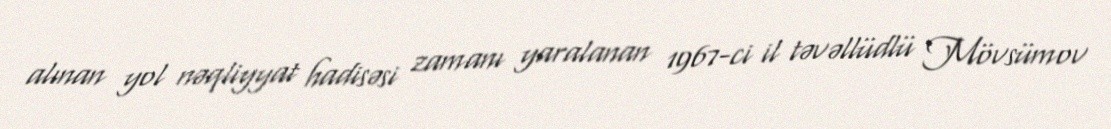
alınan yol nəqliyyat hadisəsi zamanı yaralanan 1967-ci il təvəllüdlü Mövsümov